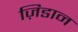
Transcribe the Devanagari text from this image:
ज़िडान